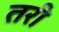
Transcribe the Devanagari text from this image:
तरी